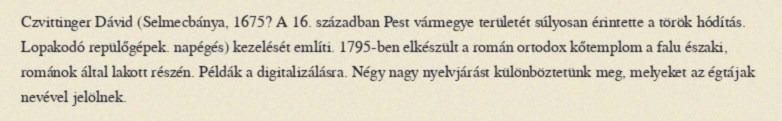
Czvittinger Dávid (Selmecbánya, 1675? A 16. században Pest vármegye területét súlyosan érintette a török hódítás. Lopakodó repülőgépek. napégés) kezelését említi. 1795-ben elkészült a román ortodox kőtemplom a falu északi, románok által lakott részén. Példák a digitalizálásra. Négy nagy nyelvjárást különböztetünk meg, melyeket az égtájak nevével jelölnek.